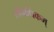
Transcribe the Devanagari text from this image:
सौगंधिकम्